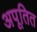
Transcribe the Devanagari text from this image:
अपूतित